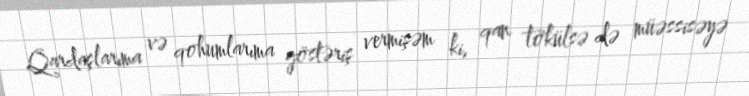
Qardaşlarıma və qohumlarıma göstəriş vermişəm ki, qan tökülsə də müəssisəyə